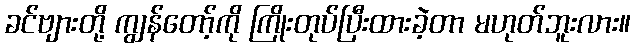
ခင်ဗျားတို့ ကျွန်တော့်ကို ကြိုးတုပ်ပြီးထားခဲ့တာ မဟုတ်ဘူးလား။